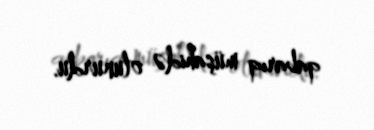
qabarıq müşahidə olunurdu.